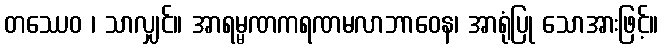
တဿေဝ ၊ သာလျှင်။ အာရမ္မဏကရဏမလာဘာဝေန၊ အာရုံပြု သောအားဖြင့်။